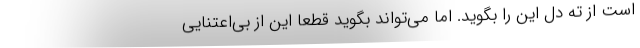
است از ته دل این را بگوید. اما می‌تواند بگوید قطعا این از بی‌اعتنایی